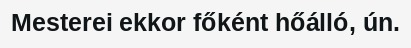
Mesterei ekkor főként hőálló, ún.